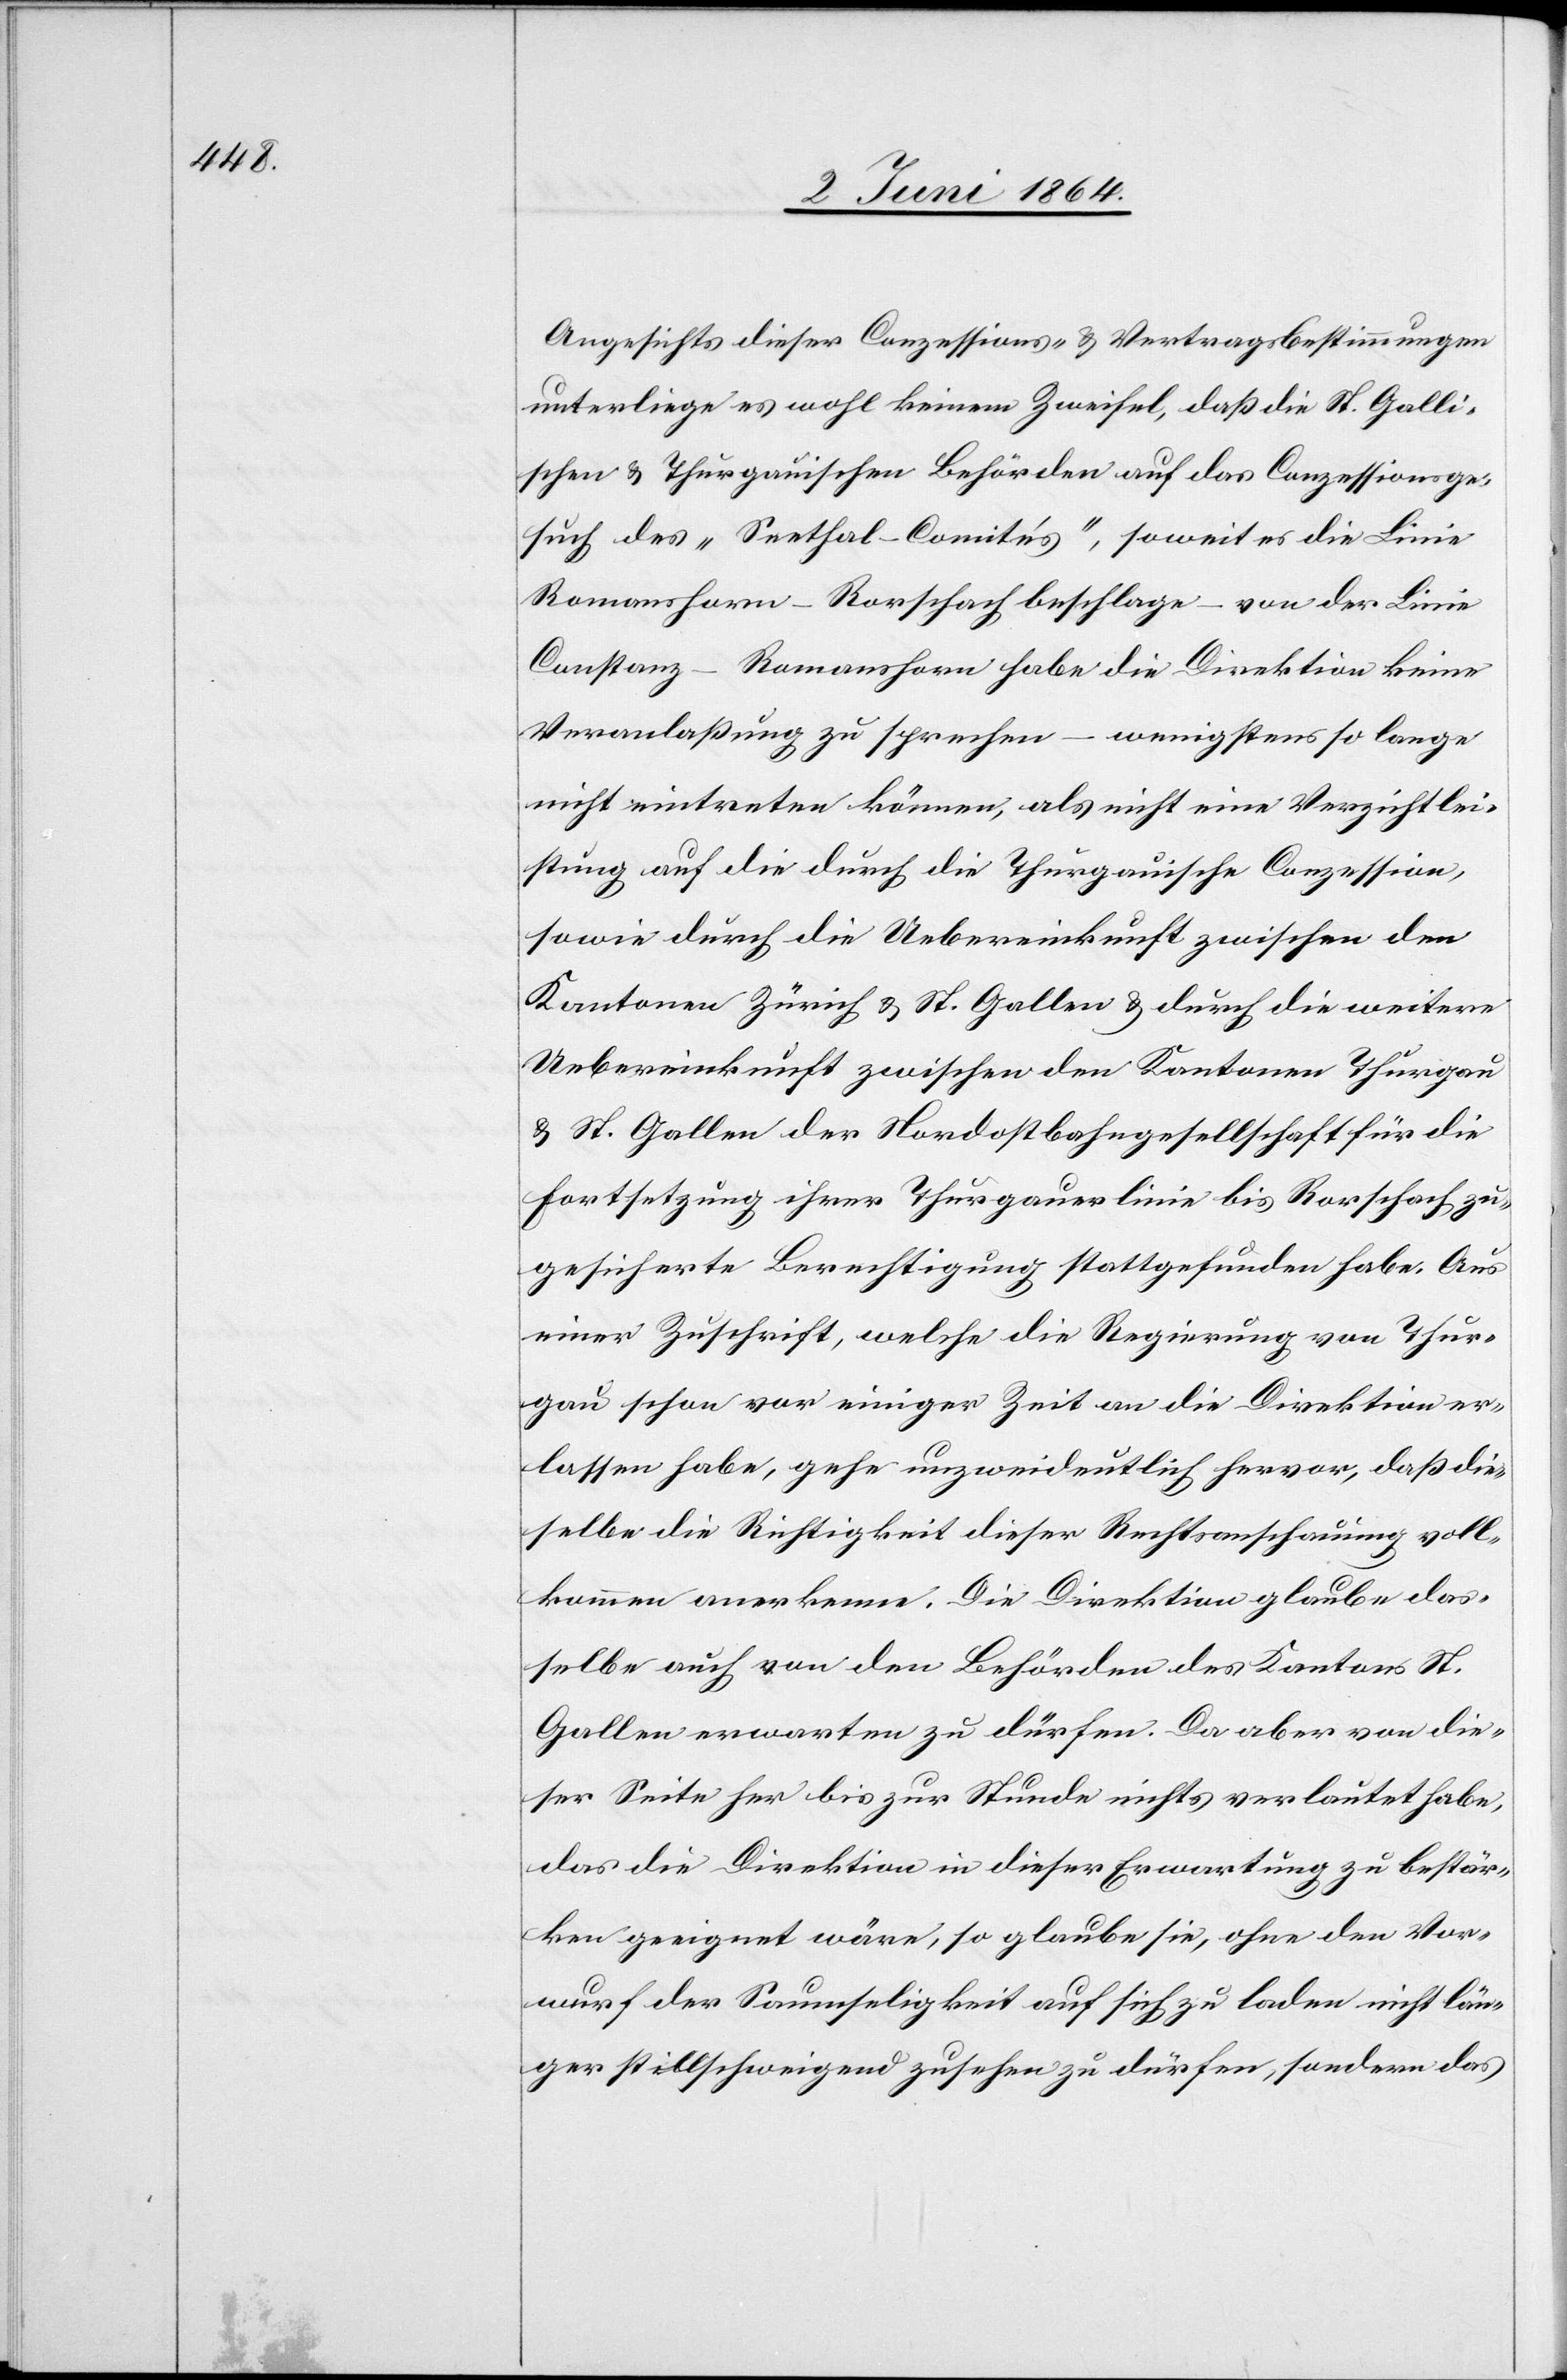
Angesichts dieser Conzessions- u. Vertragsbestimmungen
unterliege es wohl keinem Zweifel, daß die St. Galli¬
schen u. Thurgauischen Behörden auf das Conzessionge¬
such des „Seethal-Comités“, soweit es die Linie
Romanshorn–Rorschach beschlage – von der Linie
Constanz–Romanshorn habe die Direktion keine
Veranlaßung zu sprechen – wenigstens so lange
nicht eintreten können, als nicht eine Verzichtlei¬
stung auf die durch die Thurgauische Conzession,
sowie durch die Uebereinkunft zwischen den
Kantonen Zürich u. St. Gallen u. durch die weitere
Uebereinkunft zwischen den Kantonen Thurgau
u. St. Gallen der Nordostbahngesellschaft für die
Fortsetzung ihrer Thurgauerlinie bis Rorschach zu¬
gesicherte Berechtigung stattgefunden habe. Aus
einer Zuschrift, welche die Regierung von Thur¬
gau schon vor einiger Zeit an die Direktion er¬
lassen habe, gehe unzweideutlich hervor, daß die¬
selbe die Richtigkeit dieser Rechtsanschauung voll¬
kommen anerkenne. Die Direktion glaube das¬
selbe auch von den Behörden des Kantons St.
Gallen erwarten zu dürfen. Da aber von die¬
ser Seite her bis zur Stunde nichts verlautet habe,
das die Direktion in dieser Erwartung zu bestär¬
ken geeignet wäre, so glaube sie, ohne den Vor¬
wurf der Saumseligkeit auf sich zu laden nicht län¬
ger stillschweigend zusehen zu dürfen, sondern das